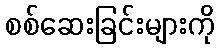
စစ်ဆေးခြင်းများကို